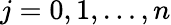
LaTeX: j=0,1,\ldots,n